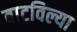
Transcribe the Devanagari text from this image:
बाटविल्या